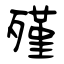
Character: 殣